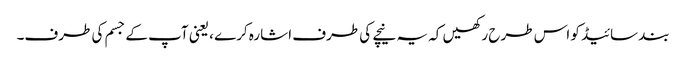
بند سائیڈ کو اس طرح رکھیں کہ یہ نیچے کی طرف اشارہ کرے ، یعنی آپ کے جسم کی طرف۔